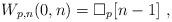
LaTeX: \begin{align*}W_{p,n} (0,n) = \square_p [n-1] \ ,\end{align*}